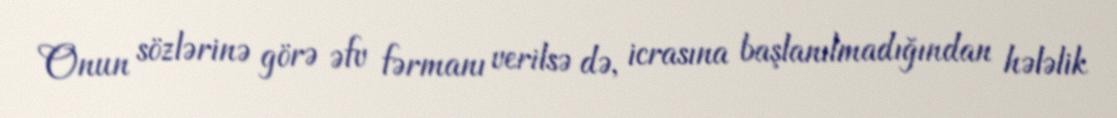
Onun sözlərinə görə əfv fərmanı verilsə də, icrasına başlanılmadığından hələlik